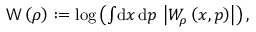
\begin{array} { r } { \mathsf { W } \left( \rho \right) : = \log \left( \int \! \mathrm { d } x \, \mathrm { d } p \, \left| W _ { \rho } \left( x , p \right) \right| \right) , } \end{array}